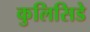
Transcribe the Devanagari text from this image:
कुलिसिडे